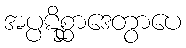
အပ္ပဋိစ္ဆာဒေတွာပေ